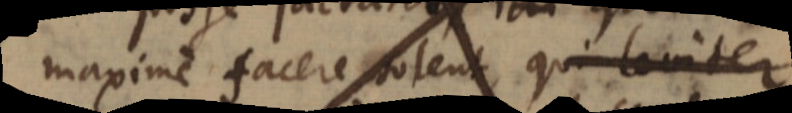
maxime facere solent, qui leviter